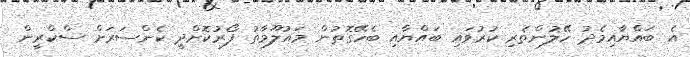
އެ ބައްޔާއިމެދު ހޭލުންތެރި ކުރުވައި ބައްޔާއި ބެހޭގޮތުން މައުލޫމާތު ފޯރުކޮށްދީ ކެންސަރަށް ސްކްރީން